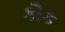
કૌક